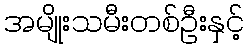
အမျိုးသမီးတစ်ဦးနှင့်